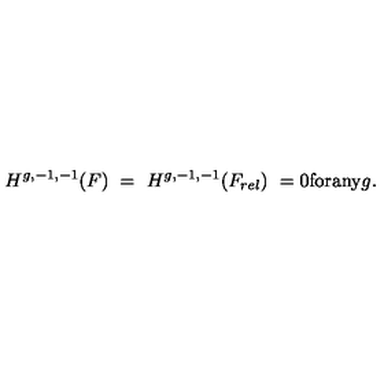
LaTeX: H ^ { g , - 1 , - 1 } ( F ) \ = \ H ^ { g , - 1 , - 1 } ( F _ { r e l } ) \ = 0 \mathrm { f o r a n y } g .